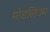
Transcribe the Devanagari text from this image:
मोडलिज्म